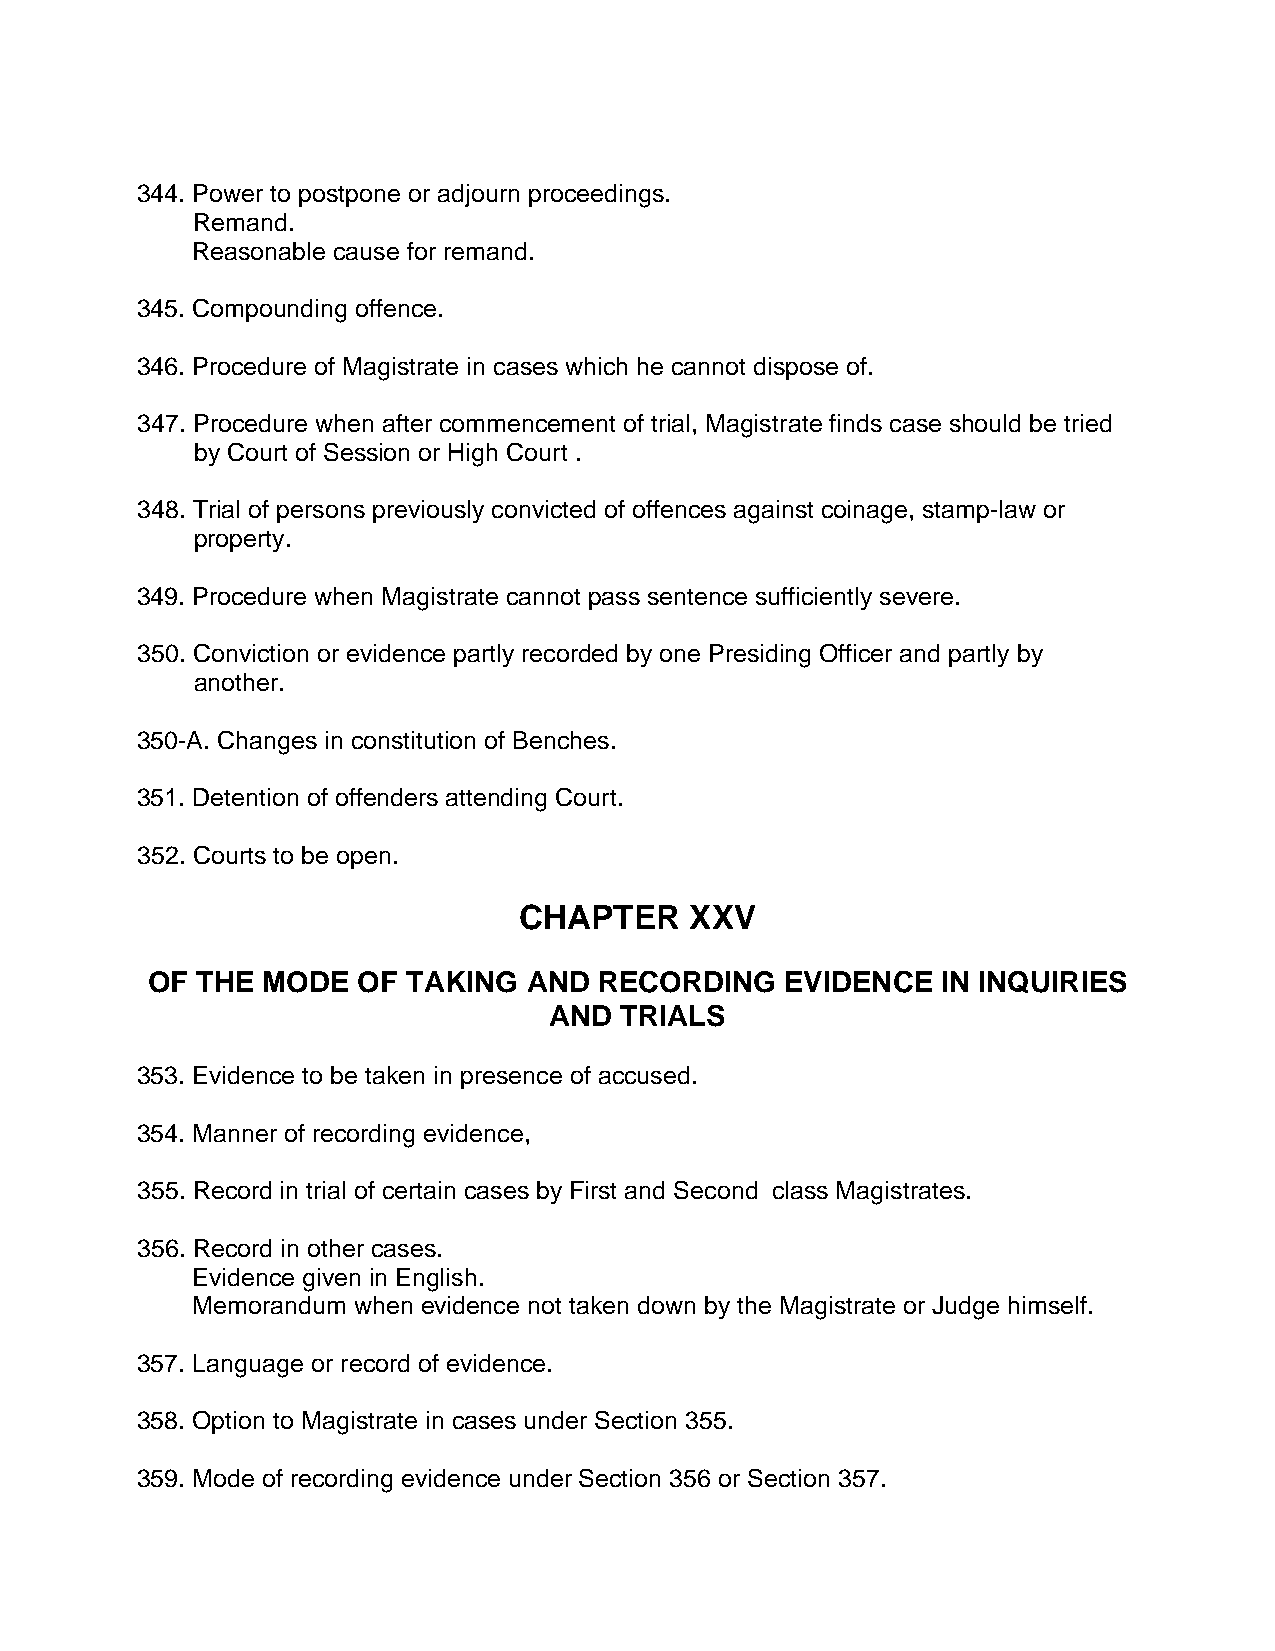
344. Power to postpone or adjourn proceedings.
 Remand.
 Reasonable cause for remand.
 345. Compounding offence.
 346. Procedure of Magistrate in cases which he cannot dispose of.
 347. Procedure when after commencement of trial, Magistrate finds case should be tried
 by Court of Session or High Court .
 348. Trial of persons previously convicted of offences against coinage, stamp-law or
 property.
 349. Procedure when Magistrate cannot pass sentence sufficiently severe.
 350. Conviction or evidence partly recorded by one Presiding Officer and partly by
 another.
 350-A. Changes in constitution of Benches.
 351. Detention of offenders attending Court.
 352. Courts to be open.
 CHAPTER     XXV
 OF THE MODE   OF TAKING  AND  RECORDING   EVIDENCE  IN INQUIRIES
 AND  TRIALS
 353. Evidence to be taken in presence of accused.
 354. Manner of recording evidence,
 355. Record in trial of certain cases by First and Second class Magistrates.
 356. Record in other cases.
 Evidence given in English.
 Memorandum when evidence not taken down by the Magistrate or Judge himself.
 357. Language or record of evidence.
 358. Option to Magistrate in cases under Section 355.
 359. Mode of recording evidence under Section 356 or Section 357.